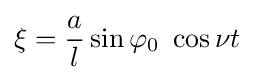
\xi ={\frac {a}{l}}\sin \varphi _{0}~\cos \nu t